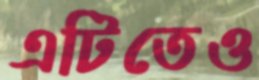
এটিতেও